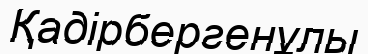
Қадірбергенұлы